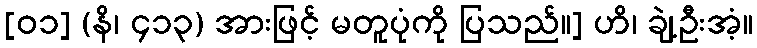
[၀၁] (နိ၊ ၄၁၃) အားဖြင့် မတူပုံကို ပြသည်။] ဟိ၊ ချဲ့ဦးအံ့။